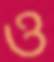
ও